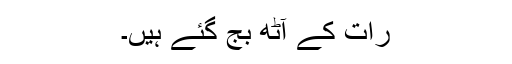
رات کے آٹھ بج گئے ہیں۔